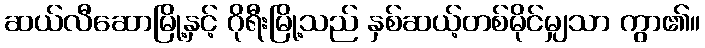
ဆယ်လီဆောမြို့နှင့် ဂိုရီးမြို့သည် နှစ်ဆယ့်တစ်မိုင်မျှသာ ကွာ၏။